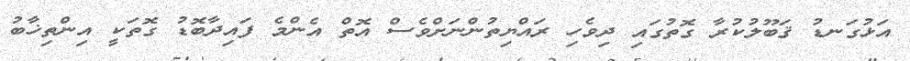
އަޅުގަނޑު ޤަބޫލުކުރާ ގޮތުގައި ދިވެހި ރައްޔިތުންނަށްވެސް އޮތް އެންމެ ފައިދާބޮޑު ގޮތަކީ އިންތިޚާބު